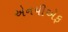
એનપીએફ